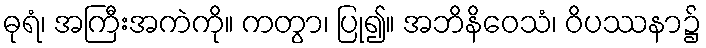
ဓုရံ၊ အကြီးအကဲကို။ ကတွာ၊ ပြု၍။ အဘိနိဝေသံ၊ ဝိပဿနာ၌